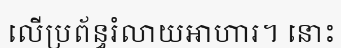
លើប្រព័ន្ធរំលាយអាហារ។ នោះ